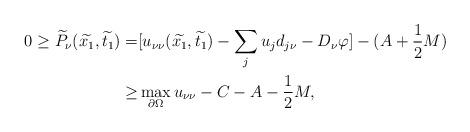
LaTeX: \begin{align*}0 \geq \widetilde{P}_\nu (\widetilde{x_1}, \widetilde{t_1}) =& [u_{\nu \nu}(\widetilde{x_1}, \widetilde{t_1}) - \sum\limits_j {u_j d_{j\nu} } - D_{\nu}\varphi] - (A + \frac{1} {2}M) \\\geq& \max_{\partial \Omega} u_{\nu \nu} - C - A - \frac{1} {2}M,\end{align*}